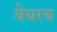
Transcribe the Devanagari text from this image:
बेघरच